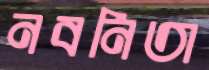
নবনিতা